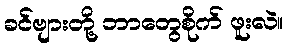
ခင်ဗျားတို့ ဘာတွေစိုက် ဖူးလဲ။